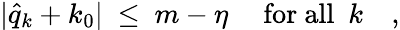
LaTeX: \vert\hat{q}_{k}+k_{0}\vert\ \leq\ m-\eta\quad\mathrm{~for~all~}\ k\quad,